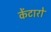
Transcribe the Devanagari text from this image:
केंटारो